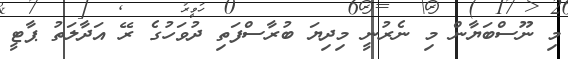
މި ނޫސްބަޔާން މި ނެރުނީ މިދިޔަ ބުރާސްފަތި ދުވަހުގެ ރޭ އަދާލަތު ޕާޓީ